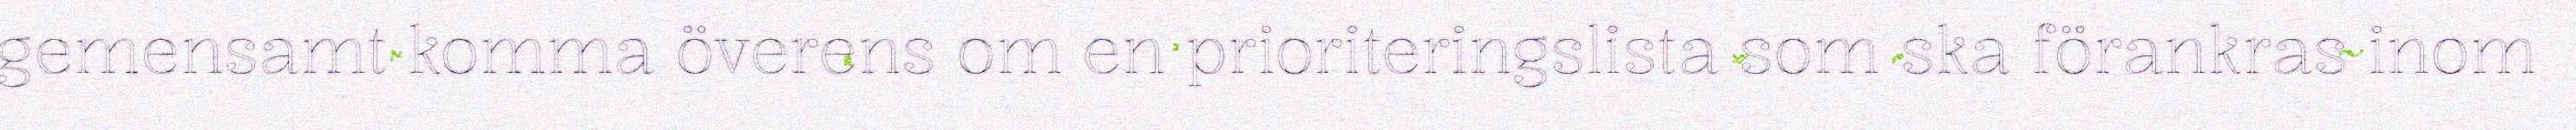
gemensamt komma överens om en prioriteringslista som ska förankras inom